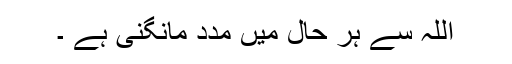
اللہ سے ہر حال میں مدد مانگنی ہے ۔